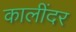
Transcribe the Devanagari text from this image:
कालींदर